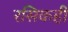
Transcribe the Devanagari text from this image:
रसिकही